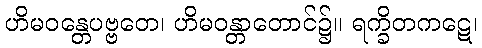
ဟိမဝန္တေပဗ္ဗတေ၊ ဟိမဝန္တာတောင်၌။ ရက္ခိတကဋေ၊